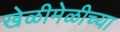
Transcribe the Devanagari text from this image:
खेळीमेळीच्या